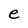
Character: e